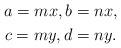
LaTeX: \begin{gather*} a=mx,b=nx,\\ c=my,d=ny. \end{gather*}